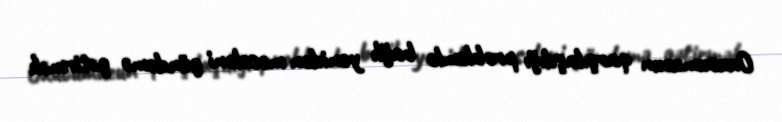
Oxucumuzun qarşılaşdığı problemlə bağlı yenidən məsələni gündəmə gətirmək